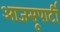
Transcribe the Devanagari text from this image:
आजसूपार्टी